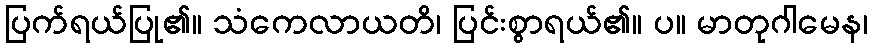
ပြက်ရယ်ပြု၏။ သံကေလာယတိ၊ ပြင်းစွာရယ်၏။ ပ။ မာတုဂါမေန၊